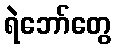
ရဲဘော်တွေ